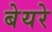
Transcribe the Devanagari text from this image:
बेयरे